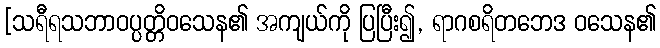
[သရီရသဘာဝပ္ပတ္တိဝသေန၏ အကျယ်ကို ပြပြီး၍, ရာဂစရိတဘေဒ ဝသေန၏